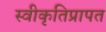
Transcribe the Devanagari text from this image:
स्वीकृतिप्रापत